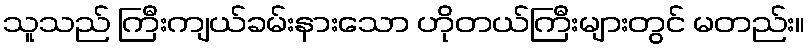
သူသည် ကြီးကျယ်ခမ်းနားသော ဟိုတယ်ကြီးများတွင် မတည်း။